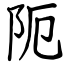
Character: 阨